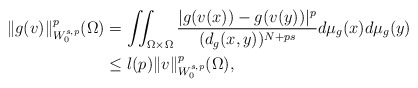
\begin{align*} \|g(v)\|^p_{W_0^{s,p}}(\Omega)&=\iint_{\Omega \times \Omega}\frac{|g(v(x))-g(v(y))|^{p}}{(d_g(x,y))^{N+ps}} d\mu _g(x)d\mu_g(y)\\ &\leq l(p)\|v\|^p_{W_{0}^{s,p}}(\Omega), \end{align*}